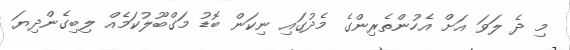
މި ދެ ލަވަ އަށް އެހުންތެރިންގެ މެދުގައި ނިކަން ބޮޑު މަގްބޫލުކަމެއް ލިބިގެންދިޔަ